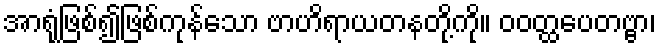
အာရုံဖြစ်၍ဖြစ်ကုန်သော ဗာဟိရာယတနတို့ကို။ ဝဝတ္ထပေတဗ္ဗာ၊